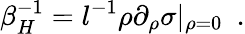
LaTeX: \beta_{H}^{-1}=l^{-1}\rho\partial_{\rho}\sigma|_{\rho=0}~~.